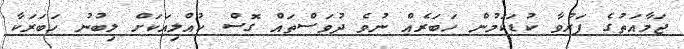
ޖަމާއަތުގެ ފަރުވާ ކުޑަކަމުން ހަބަރެއް ނުވެ ދުވަސްތައް ގޮސް ކުއްލިއަކަށް ލިބުނު ހަބަރަކާ